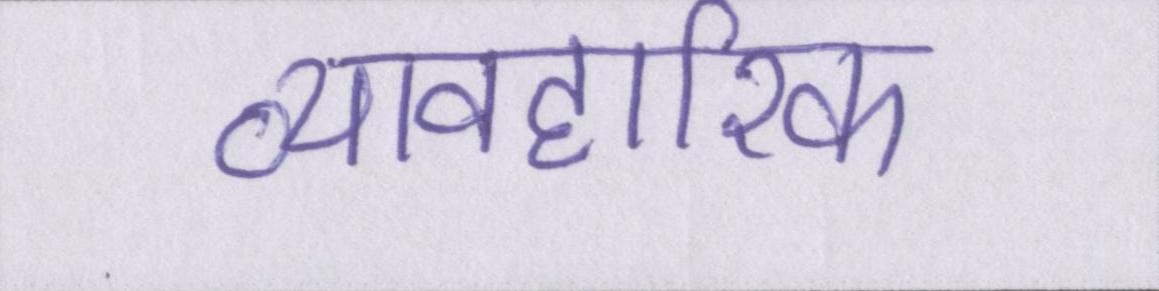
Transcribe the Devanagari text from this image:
व्यावहारिक